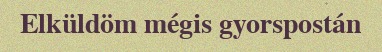
Elküldöm mégis gyorspostán